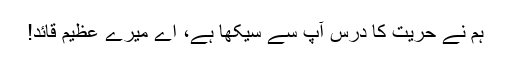
ہم نے حریت کا درس آپ سے سیکها ہے، اے میرے عظیم قائد!